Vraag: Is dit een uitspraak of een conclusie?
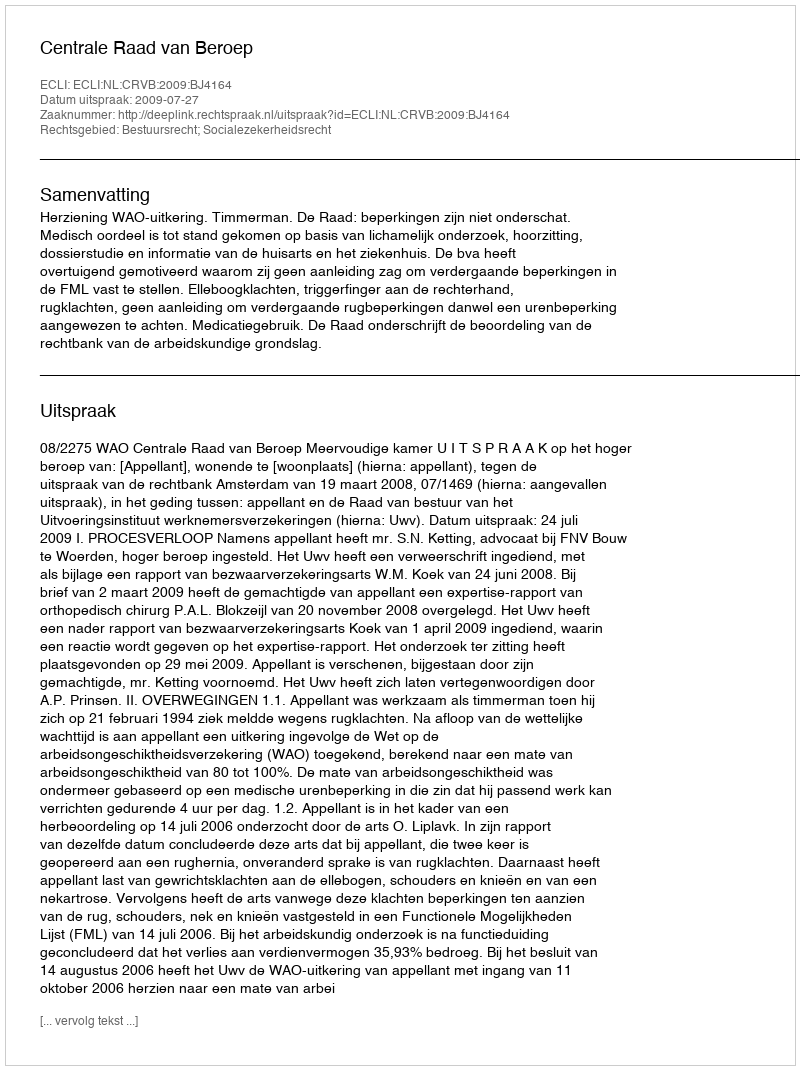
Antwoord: Uitspraak